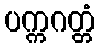
ပက္ကဂတ္တံ